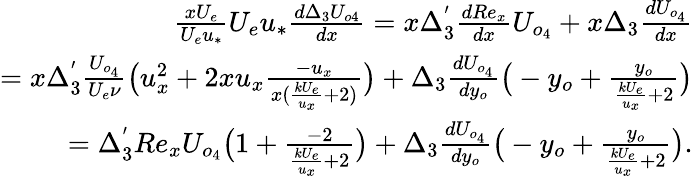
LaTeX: \begin{array}{r}{\frac{xU_{e}}{U_{e}u_{*}}U_{e}u_{*}\frac{d\Delta_{3}U_{o4}}{dx}=x\Delta_{3}^{'}\frac{dRe_{x}}{dx}U_{o_{4}}+x\Delta_{3}\frac{dU_{o_{4}}}{dx}}\\ {=x\Delta_{3}^{'}\frac{U_{o_{4}}}{U_{e}\nu}\big(u_{x}^{2}+2xu_{x}\frac{-u_{x}}{x(\frac{kU_{e}}{u_{x}}+2)}\big)+\Delta_{3}\frac{dU_{o_{4}}}{dy_{o}}\big(-y_{o}+\frac{y_{o}}{\frac{kU_{e}}{u_{x}}+2}\big)}\\ {=\Delta_{3}^{'}Re_{x}U_{o_{4}}\big(1+\frac{-2}{\frac{kU_{e}}{u_{x}}+2}\big)+\Delta_{3}\frac{dU_{o_{4}}}{dy_{o}}\big(-y_{o}+\frac{y_{o}}{\frac{kU_{e}}{u_{x}}+2}\big).}\end{array}